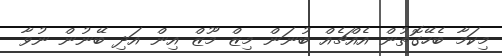
މިކަމާ ބެހޭގޮތުން އެއްޗެއް ބުނަން މިޒް މޫޒް އިން އަދި ބޭނުން ނުވާ